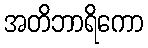
အတိဘာရိကော